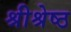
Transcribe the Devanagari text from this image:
श्रीश्रेष्ठ